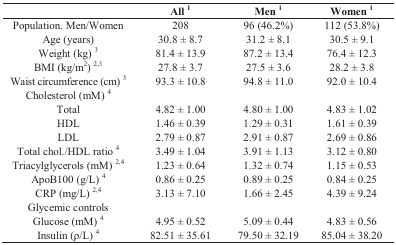
<table><thead><tr><td>[EMPTY_CELL]</td><td><b>All <sup>1</sup></b></td><td><b>Men <sup>1</sup></b></td><td><b>Women <sup>1</sup></b></td></tr></thead><tbody><tr><td>Population. Men/Women</td><td>208</td><td>96 (46.2%)</td><td>112 (53.8%)</td></tr><tr><td>Age (years)</td><td>30.8 ± 8.7</td><td>31.2 ± 8.1</td><td>30.5 ± 9.1</td></tr><tr><td>Weight (kg) <sup>3</sup></td><td>81.4 ± 13.9</td><td>87.2 ± 13.4</td><td>76.4 ± 12.3</td></tr><tr><td>BMI (kg/m<sup>2</sup>) <sup>2,3</sup></td><td>27.8 ± 3.7</td><td>27.5 ± 3.6</td><td>28.2 ± 3.8</td></tr><tr><td>Waist circumference (cm) <sup>3</sup></td><td>93.3 ± 10.8</td><td>94.8 ± 11.0</td><td>92.0 ± 10.4</td></tr><tr><td>Cholesterol (mM) <sup>4</sup></td><td>[EMPTY_CELL]</td><td>[EMPTY_CELL]</td><td>[EMPTY_CELL]</td></tr><tr><td>Total</td><td>4.82 ± 1.00</td><td>4.80 ± 1.00</td><td>4.83 ± 1.02</td></tr><tr><td>HDL</td><td>1.46 ± 0.39</td><td>1.29 ± 0.31</td><td>1.61 ± 0.39</td></tr><tr><td>LDL</td><td>2.79 ± 0.87</td><td>2.91 ± 0.87</td><td>2.69 ± 0.86</td></tr><tr><td>Total chol./HDL ratio <sup>4</sup></td><td>3.49 ± 1.04</td><td>3.91 ± 1.13</td><td>3.12 ± 0.80</td></tr><tr><td>Triacylglycerols (mM) <sup>2,4</sup></td><td>1.23 ± 0.64</td><td>1.32 ± 0.74</td><td>1.15 ± 0.53</td></tr><tr><td>ApoB100 (g/L) <sup>4</sup></td><td>0.86 ± 0.25</td><td>0.89 ± 0.25</td><td>0.84 ± 0.25</td></tr><tr><td>CRP (mg/L) <sup>2,4</sup></td><td>3.13 ± 7.10</td><td>1.66 ± 2.45</td><td>4.39 ± 9.24</td></tr><tr><td>Glycemic controls</td><td>[EMPTY_CELL]</td><td>[EMPTY_CELL]</td><td>[EMPTY_CELL]</td></tr><tr><td>Glucose (mM) <sup>4</sup></td><td>4.95 ± 0.52</td><td>5.09 ± 0.44</td><td>4.83 ± 0.56</td></tr><tr><td>Insulin (ρ/L) <sup>4</sup></td><td>82.51 ± 35.61</td><td>79.50 ± 32.19</td><td>85.04 ± 38.20</td></tr></tbody></table>